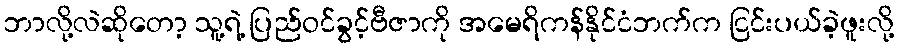
ဘာလို့လဲဆိုတော့ သူ့ရဲ့ ပြည်ဝင်ခွင့်ဗီဇာကို အမေရိကန်နိုင်ငံဘက်က ငြင်းပယ်ခဲ့ဖူးလို့